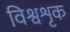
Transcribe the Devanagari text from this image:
विश्वशृक